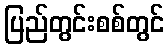
ပြည်တွင်းစစ်တွင်